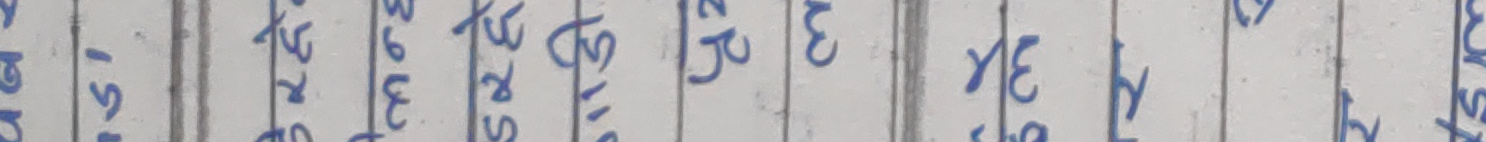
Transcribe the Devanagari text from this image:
१ २ ३ ४ ५ ६ ७ ८ ९ १० ११ १२ १३ १४ १५ १६ १७ १८ १९ २०